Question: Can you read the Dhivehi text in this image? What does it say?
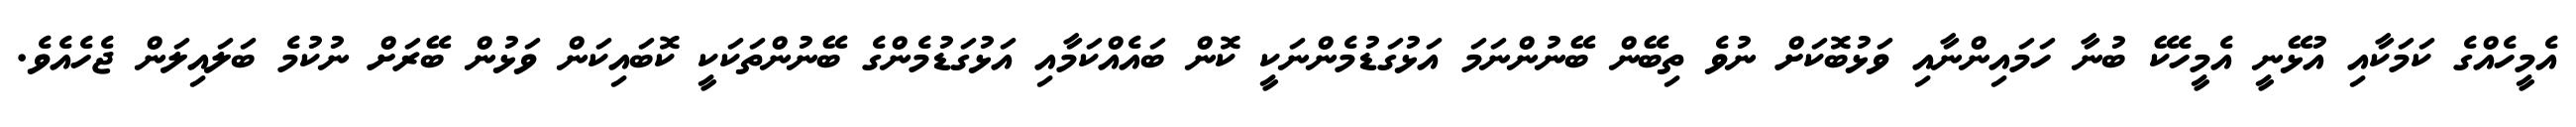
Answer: އެމީހެއްގެ ކަމަކާއި އުޅޭނީ އެމީހެކޭ ބުނާ ހަމައިންނާއި ވަޅުބޮކަށް ނުވެ ތިބޭން ބޭނުންނަމަ އަޅުގަޑުމެންނަކީ ކޮން ބައެއްކަމާއި އަޅުގަޑުމެންގެ ބޭނުންތަކަކީ ކޮބައިކަން ވަޅުން ބޭރަށް ނުކުމެ ބަލައިލަން ޖެހެއެވެ.